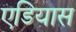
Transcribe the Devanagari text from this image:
एडियास